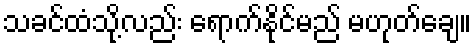
သခင်ထံသို့လည်း ရောက်နိုင်မည် မဟုတ်ချေ။